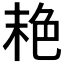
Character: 𦫕